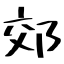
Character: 郊